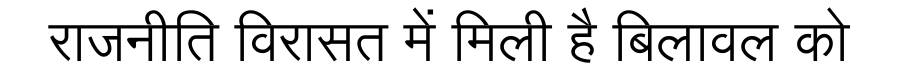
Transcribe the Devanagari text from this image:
राजनीति विरासत में मिली है बिलावल को